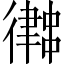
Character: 𢖀